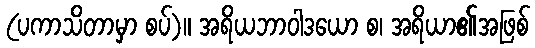
(ပကာသိတာမှာ စပ်)။ အရိယဘာဝါဒယော စ၊ အရိယာ၏အဖြစ်